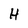
Character: H